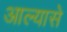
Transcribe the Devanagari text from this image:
आल्यासे